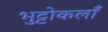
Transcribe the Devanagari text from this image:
भुट्टोकलाँ